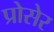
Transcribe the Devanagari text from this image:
प्रोसेर